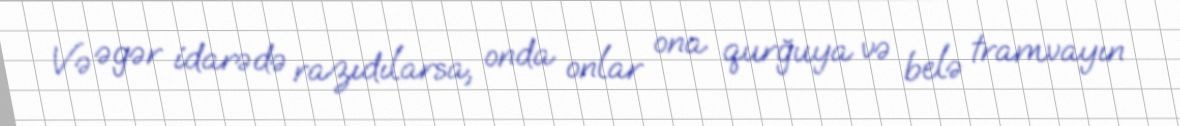
Və əgər idarədə razıdılarsa, onda onlar ona qurğuya və belə tramvayın